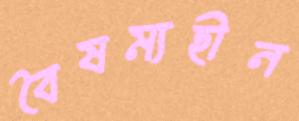
বৈষম্যহীন